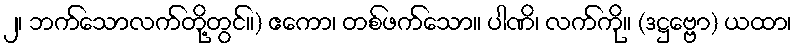
၂၊ ဘက်သောလက်တို့တွင်။) ဧကော၊ တစ်ဖက်သော။ ပါဏိ၊ လက်ကို။ (ဒဋ္ဌဗ္ဗော) ယထာ၊